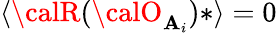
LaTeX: \langle{\calR}({\calO}_{\mathbf{A}_{i}})*\rangle=0